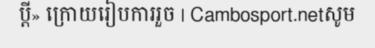
ប្តី» ក្រោយរៀបការរួច | Cambosport.netសូម